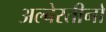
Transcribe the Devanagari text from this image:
अल्बेरतीनो